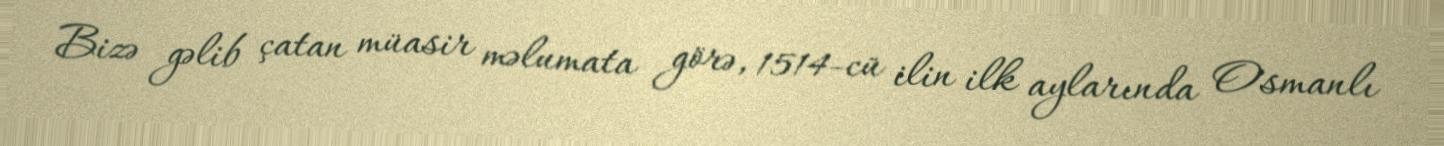
Bizə gəlib çatan müasir məlumata görə, 1514-cü ilin ilk aylarında Osmanlı